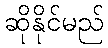
ဆိုနိုင်မည်